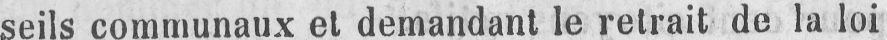
seils communaux et demandant le retrait de la loi